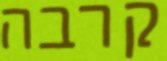
קרבה